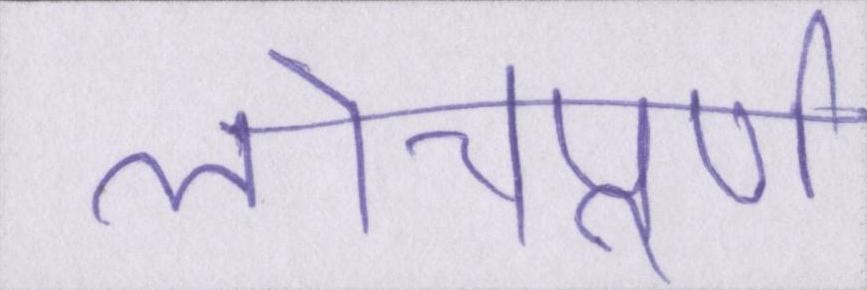
लोचपूर्ण